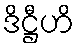
ဒိဋ္ဌီဟိ